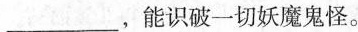
___，能识破-一切妖魔鬼怪。